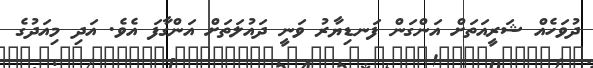
ދުވަހެއް ޝަރީއަތަށް އަންގަން ފަނޑިޔާރު ވަނީ ދައުލަތަށް އަންގާފަ އެވެ. އަދި މިއަދުގެ